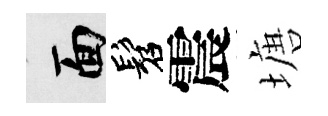
面髫震塘